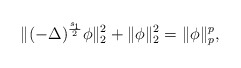
\begin{align*}\|(-\Delta)^{\frac{s_1}{2}}\phi\|_2^2+\|\phi\|_2^2=\|\phi\|_p^p,\end{align*}